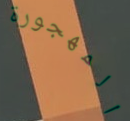
المهجورة